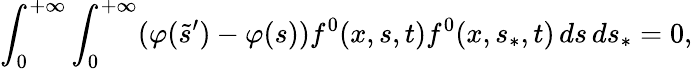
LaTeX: \int_{0}^{+\infty}\int_{0}^{+\infty}(\varphi(\tilde{s}^{\prime})-\varphi(s))f^{0}(x,s,t)f^{0}(x,s_{\ast},t)\, ds\, ds_{\ast}=0,